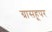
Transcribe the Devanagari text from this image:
ग्रासहूपर